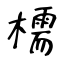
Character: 檽